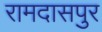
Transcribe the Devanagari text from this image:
रामदासपुर